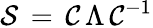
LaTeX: {\cal S}\, =\, {\cal C}\, \Lambda\, {\cal C}^{-1}